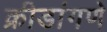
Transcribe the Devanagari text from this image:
क्रीडांगणे